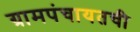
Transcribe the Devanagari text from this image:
ग्रामपंचायतची